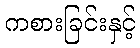
ကစားခြင်းနှင့်